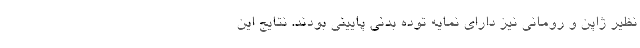
نظیر ژاپن و رومانی نیز دارای نمایه توده بدنی پایینی بودند. نتایج این